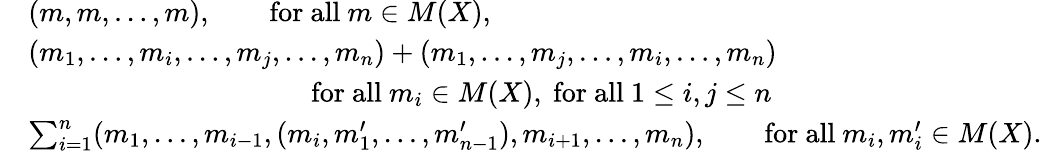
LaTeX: \begin{array}{rl}&{(m,m,\ldots,m),\qquad\mathrm{for~all~}m\in M(X),}\\ &{(m_{1},\ldots,m_{i},\ldots,m_{j},\ldots,m_{n})+(m_{1},\ldots,m_{j},\ldots,m_{i},\ldots,m_{n})}\\ &{\qquad\qquad\qquad\qquad\qquad\mathrm{for~all~}m_{i}\in M(X),~\mathrm{for~all~}1\leq i,j\leq n}\\ &{\sum_{i=1}^{n}(m_{1},\ldots,m_{i-1},(m_{i},m_{1}^{\prime},\ldots,m_{n-1}^{\prime}),m_{i+1},\ldots,m_{n}),\qquad\mathrm{for~all~}m_{i},m_{i}^{\prime}\in M(X).}\end{array}